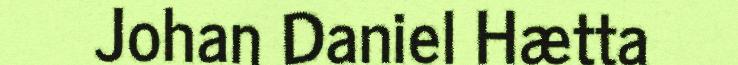
Johan Daniel Hætta